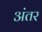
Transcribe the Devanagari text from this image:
अंंतर